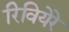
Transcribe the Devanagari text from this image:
रिवियेरे